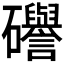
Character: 𥗻